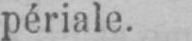
périale.